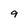
Character: 9